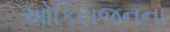
ઓકિસજનના